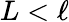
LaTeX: L<\ell